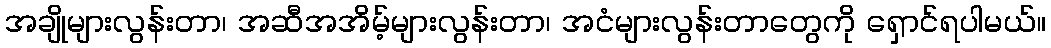
အချိုများလွန်းတာ၊ အဆီအအိမ့်များလွန်းတာ၊ အငံများလွန်းတာတွေကို ရှောင်ရပါမယ်။